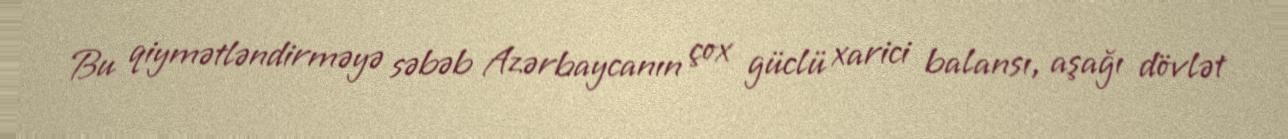
Bu qiymətləndirməyə səbəb Azərbaycanın çox güclü xarici balansı, aşağı dövlət